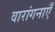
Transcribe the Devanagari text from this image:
वारांगनाएँ